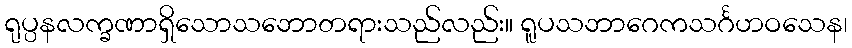
ရုပ္ပနလက္ခဏာရှိသောသဘောတရားသည်လည်း။ ရူပသဘာဂေကသင်္ဂဟဝသေန၊